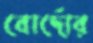
বোর্দোর